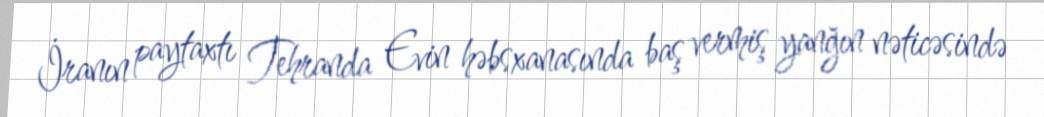
İranın paytaxtı Tehranda Evin həbsxanasında baş vermiş yanğın nəticəsində